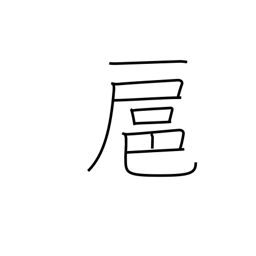
Meaning: follow